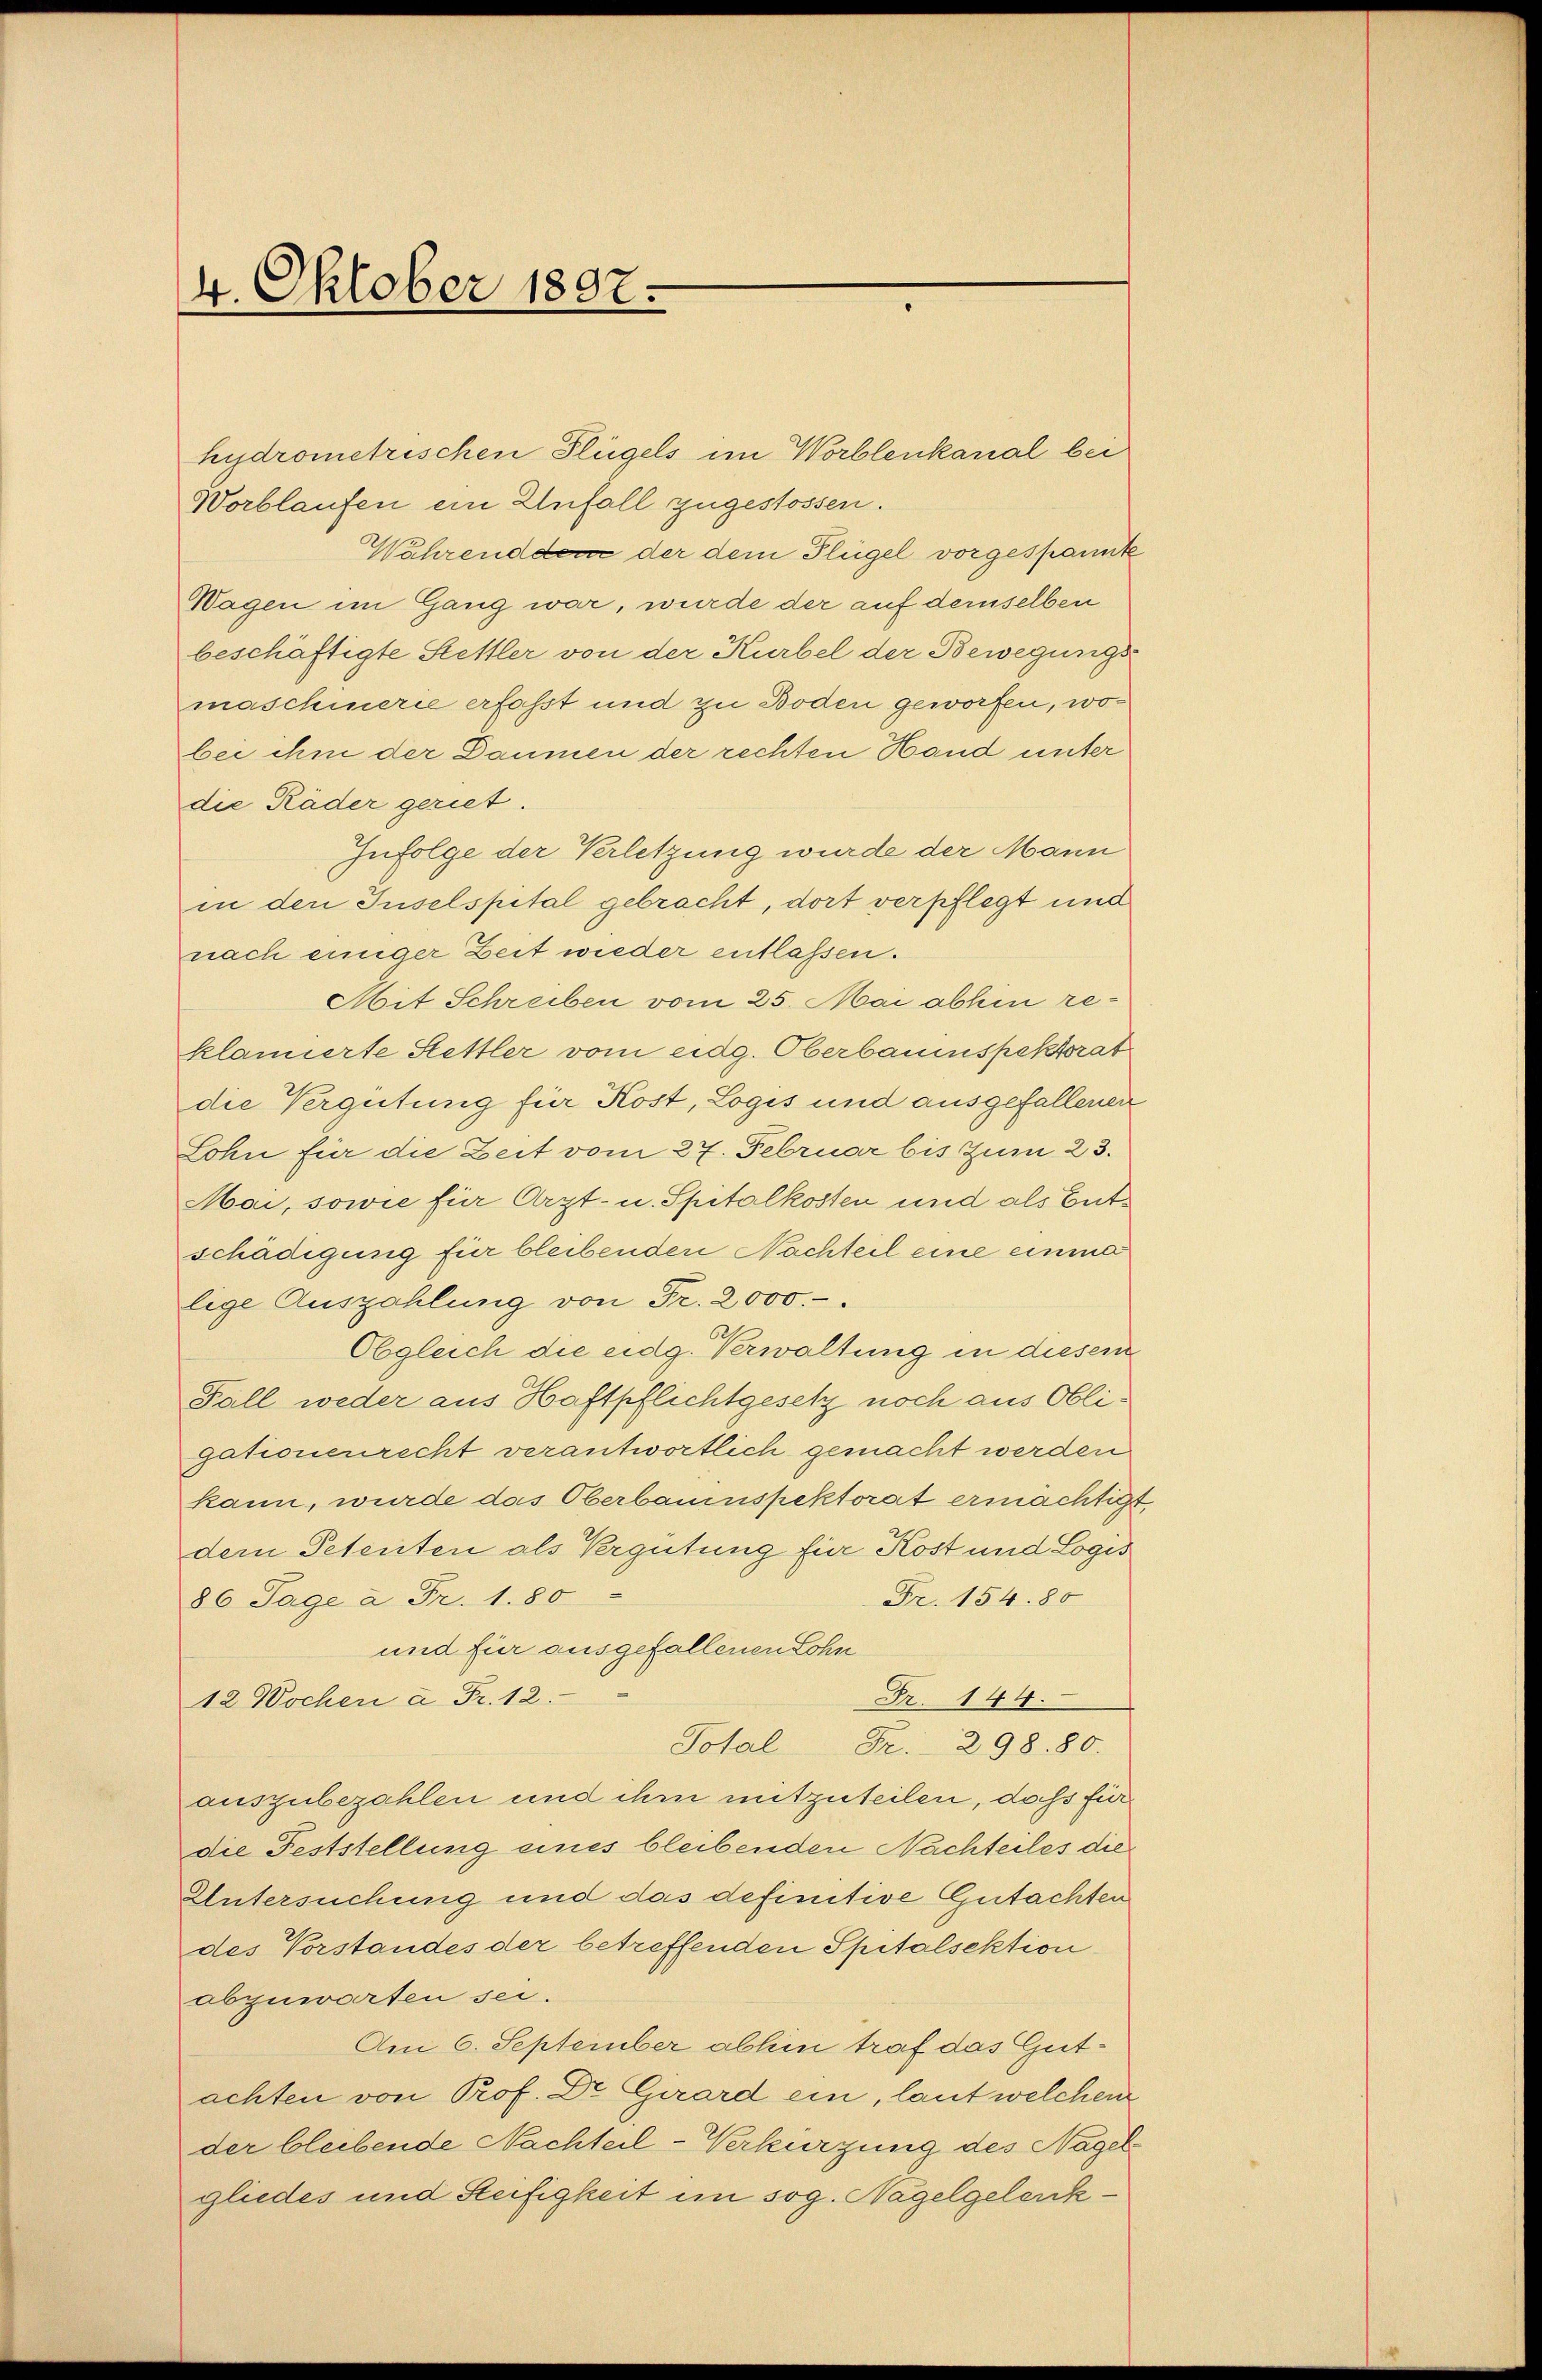
4. Oktober 1897.

hydrometrischen Flügels im Worblenkanal bei
Worblaufen ein Unfall zugestossen.
Wahrenddem der dem Flügel vorgespannte
Wagen im Gang war, wurde der auf demselben
beschäftigte Stettler von der Kurbel der Bewegungs
maschinerie erfasst und zu Boden geworfen, wobei ihn der Daumen der rechten Hand unter
die Räder geriet.
Zufolge der Verletzung wurde der Mann
in den Juselspital gebracht, dort verpflegt und
nach einiger Zeit wieder entlassen.
Mit Schreiben vom 25. Mai abhin reklamierte Stettler vom eidg. Oberbaumspektorat
die Vergütung für Kost, Logis und ausgefallenen
Lohn für die Zeit vom 27. Februar bis zum 23.
Mai, sowie für Arzt- u. Spitalkosten und als Entschädigung für bleibenden Nachteil eine einma
lige Auszahlung von Fr. 2000.-
Obgleich die eidg. Verwaltung in diesem
Fall weder aus Haftpflichtgesetz noch aus Obligationenrecht verantwortlich gemacht werden
kann, wurde das Oberbauespektorat ermächtigt
der Petenten als Vergütung für Kost und Logis
Fr. 154. 80
86 Tage à Fr. 1. 80
und für ausgefallenen Lohn
Fr. 144.
12 Wocher a. Fr. 12.
Total Fr. 29880.
auszubezahlen und ihm mitzuteilen, daß für
die Feststellung eines bleibenden Nachteiles die
Untersuchung und das definitive Gutachten
des Vorstandes der betreffenden Spitalsektion
abzuwarten sei.
Am 6. September abhin traf das Gutachten von Prof. Dr. Girard ein, laut welchen
der bleibende Nachteil-Verkürzung des Nagelgliedes und Steifigkeit im sog. Nagelgelerk¬